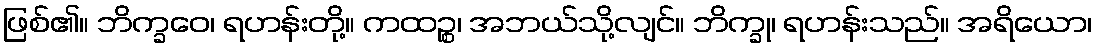
ဖြစ်၏။ ဘိက္ခဝေ၊ ရဟန်းတို့။ ကထဉ္စ၊ အဘယ်သို့လျင်။ ဘိက္ခု၊ ရဟန်းသည်။ အရိယော၊